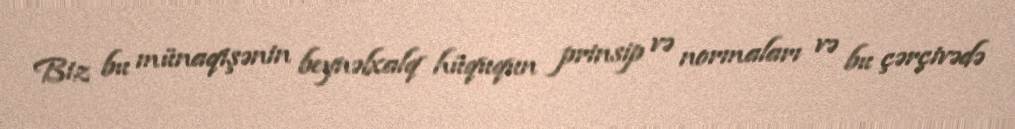
Biz bu münaqişənin beynəlxalq hüququn prinsip və normaları və bu çərçivədə